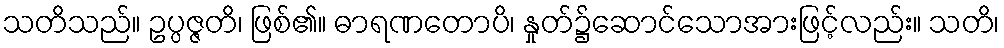
သတိသည်။ ဥပ္ပဇ္ဇတိ၊ ဖြစ်၏။ ဓာရဏတောပိ၊ နှုတ်၌ဆောင်သောအားဖြင့်လည်း။ သတိ၊